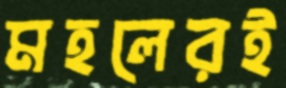
মহলেরই